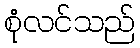
စုံလင်သည်